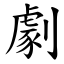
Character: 劇